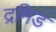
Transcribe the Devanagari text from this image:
द्रमिड